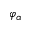
\varphi _ { \alpha }